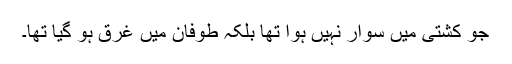
جو کشتی میں سوار نہیں ہوا تھا بلکہ طوفان میں غرق ہو گیا تھا۔